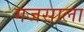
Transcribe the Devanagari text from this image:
गजसाला